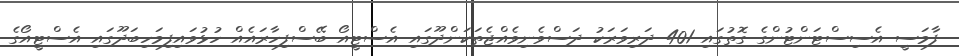
ފާމަސީ އެސިސްޓަންޓުންގެ ގޮތުގައި 401 ދަރިވަރަކު ދަސްވެނިވެއްޖެތަކަންދޫގައި އެސްޓީއޯ ބޭސްފިހާރައެއް ހުޅުވައިފިމަހިބަދޫގައި އެސްޓީއޯގެ